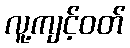
လူ့ကျင့်ဝတ်